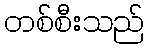
တစ်စီးသည်